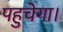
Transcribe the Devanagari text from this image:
पहुचेगा।